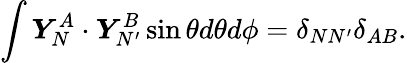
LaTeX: \int\boldsymbol{Y}_{N}^{A}\cdot\boldsymbol{Y}_{N^{\prime}}^{B}\sin\theta d\theta d\phi=\delta_{NN^{\prime}}\delta_{AB}.